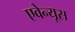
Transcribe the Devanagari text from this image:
एवेन्यूस